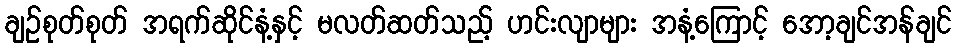
ချဉ်စုတ်စုတ် အရက်ဆိုင်နံ့နှင့် မလတ်ဆတ်သည့် ဟင်းလျာများ အနံ့ကြောင့် အော့ချင်အန်ချင်